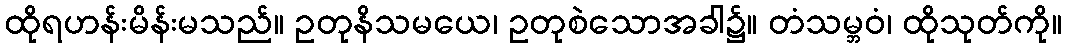
ထိုရဟန်းမိန်းမသည်။ ဥတုနိသမယေ၊ ဥတုစဲသောအခါ၌။ တံသမ္ဘဝံ၊ ထိုသုတ်ကို။